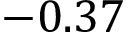
- 0 . 3 7